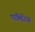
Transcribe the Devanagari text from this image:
पामिरिस